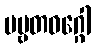
ပဗ္ဗတဝဂ္ဂေါ